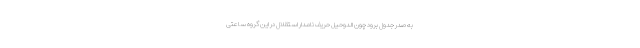
به صدر جدول برود چون الدوحیل حریف نامدار استقلال در این گروه ساعتی